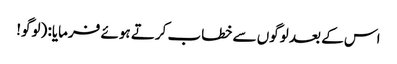
اس کے بعد لوگوں سے خطاب کرتے ہوئے فرمایا: (لوگو!